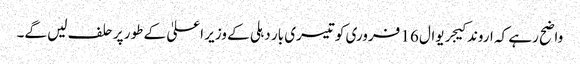
واضح رہے کہ اروند کیجریوال 16 فروری کو تیسری بار دہلی کے وزیر اعلیٰ کے طور پر حلف لیں گے۔